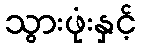
သွားဖုံးနှင့်